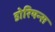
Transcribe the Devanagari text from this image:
डोरियन्स